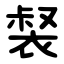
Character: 裻